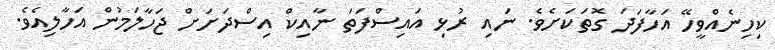
ކިހިނެއްވީހޭ އަހާފަދަ ގޮތަކަށެވެ. ނައި ރުޅި އައިސްފަތަ ނާއިކް އިސްދަށަށް ޖަހާލަމުން އަހާލިއެވެ.